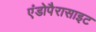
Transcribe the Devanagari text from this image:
एंडोपैरासाइट